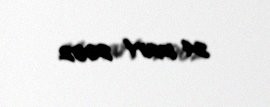
24 mart 2002